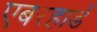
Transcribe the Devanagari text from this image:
एबरहार्ड